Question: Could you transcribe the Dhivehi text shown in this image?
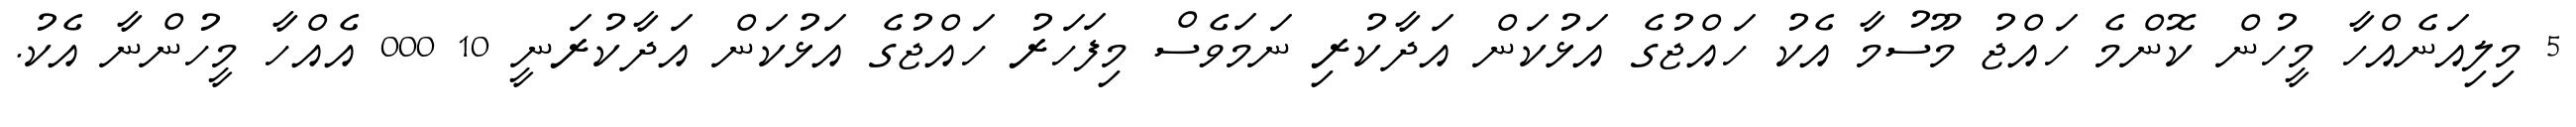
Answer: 5 މިލިއަނެއްހާ މީހުން ކޮންމެ ހައްޖު މޫސުމާ އެކު ހައްޖުގެ އަޅުކަން އަދާކުރި ނަމަވެސް މިފަހަރު ހައްޖުގެ އަޅުކަން އަދާކުރަނީ 10 000 އެއްހާ މީހުންނާ އެކު.